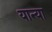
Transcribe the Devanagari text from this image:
यान्या